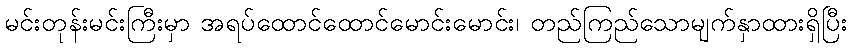
မင်းတုန်းမင်းကြီးမှာ အရပ်ထောင်ထောင်မောင်းမောင်း၊ တည်ကြည်သောမျက်နှာထားရှိပြီး